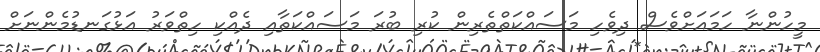
މީހުންނާ ހަމައަށްވެސް ދިވެހި މަސައްކަތްތެރިން ކުރި ބުރަ މަސައްކަތާއި ދެއްކި ހިތްވަރު އަޅުގަނޑުމެންނަށް